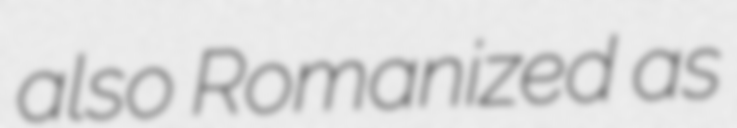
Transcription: also Romanized as